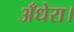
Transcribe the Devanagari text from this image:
अँधेरा।